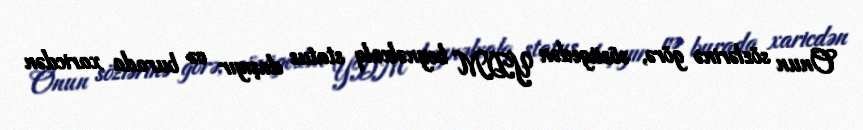
Onun sözlərinə görə, sözügedən YDM beynəlxalq status daşıyır və burada xaricdən